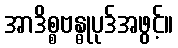
အာဒိစ္စဗန္ဓုပုဒ်အဖွင့်။